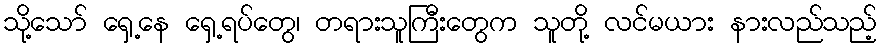
သို့သော် ရှေ့နေ ရှေ့ရပ်တွေ၊ တရားသူကြီးတွေက သူတို့ လင်မယား နားလည်သည့်